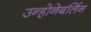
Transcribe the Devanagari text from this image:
उन्होनेबर्लिन